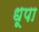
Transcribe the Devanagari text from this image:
धूपा